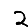
Digit: 2